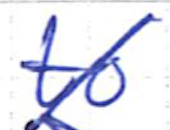
Text: to
Cross-out: diagonal
Writing tool: ballpoint